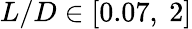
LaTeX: L/D\in[0.07,~2]